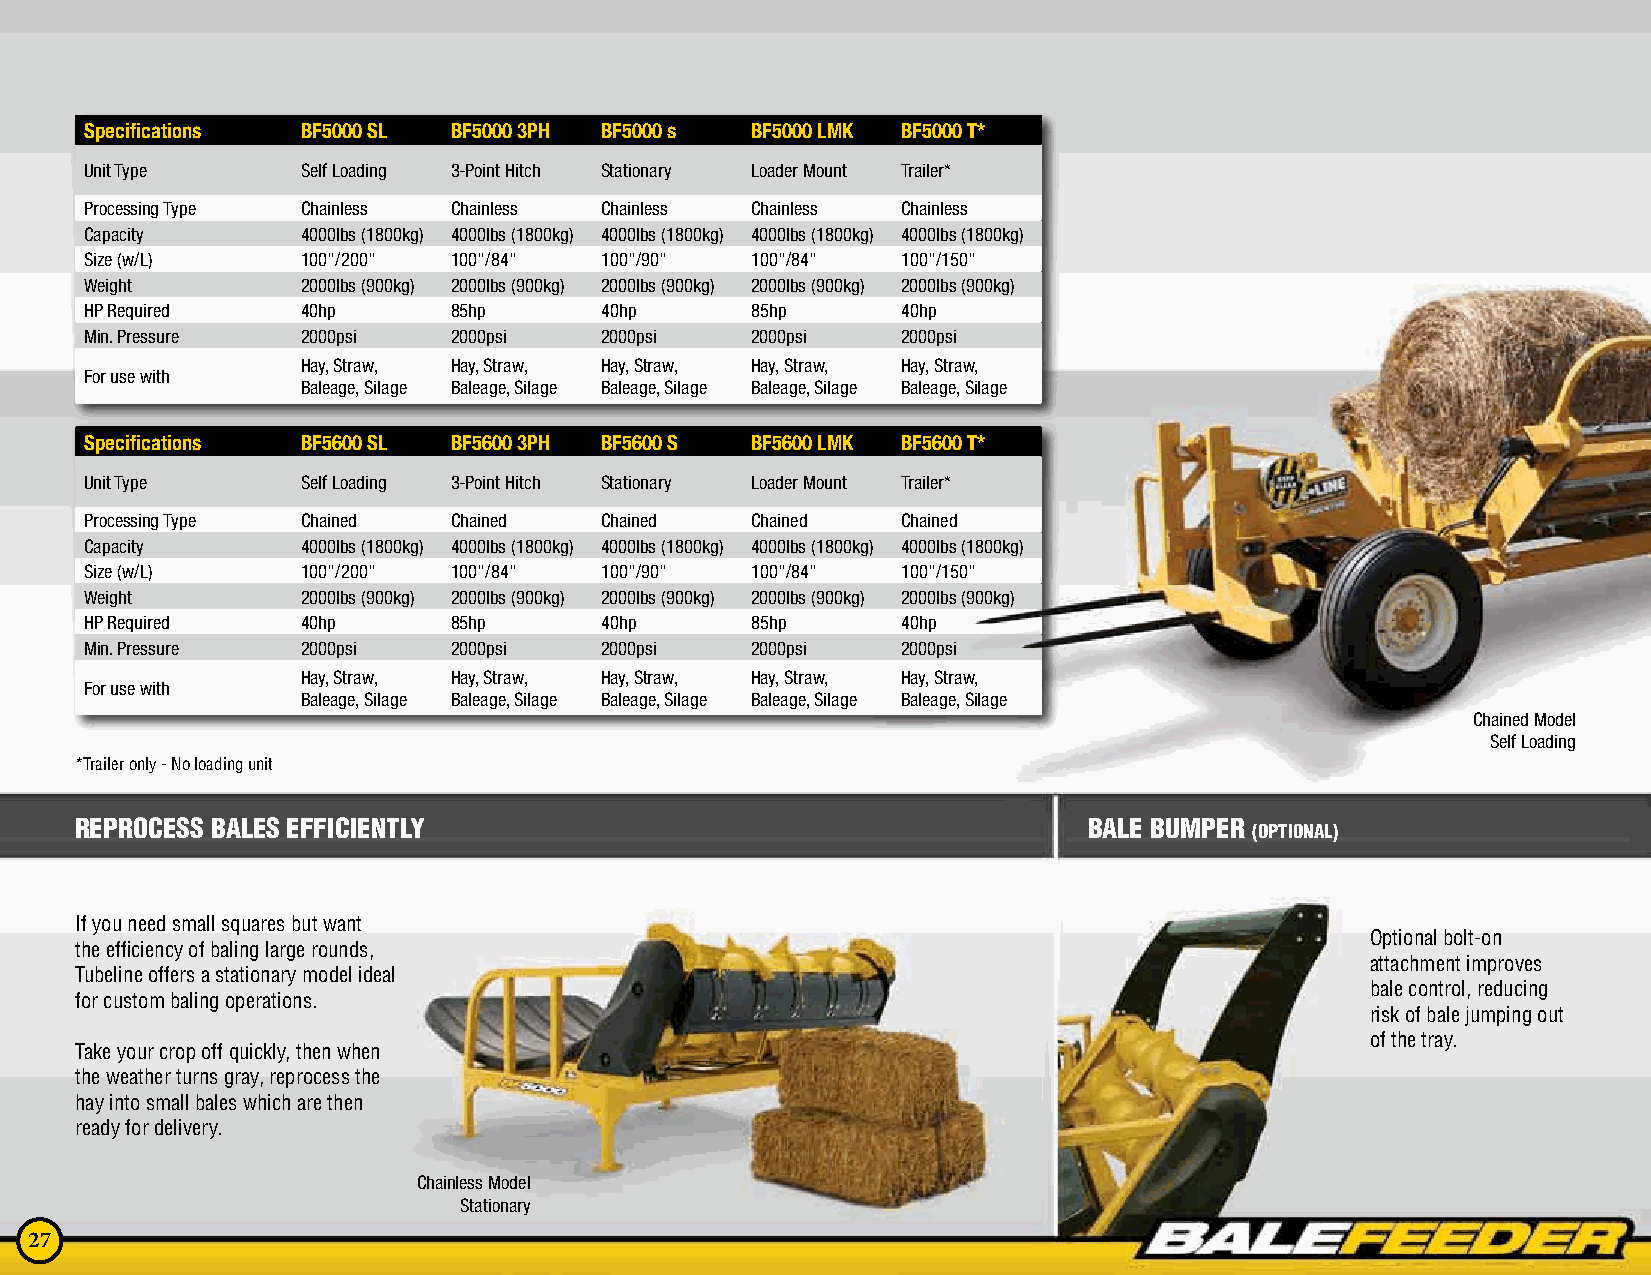
Specifications BF5000 SL BF5000 3PH BF5000 s BF5000 LMK BF5000 T*
 Unit Type     Self Loading 3-Point Hitch Stationary Loader Mount Trailer*
 Processing Type Chainless Chainless Chainless Chainless Chainless
 Capacity      4000lbs (1800kg) 4000lbs (1800kg) 4000lbs (1800kg) 4000lbs (1800kg) 4000lbs (1800kg)
 Size (w/L)    100"/200" 100"/84"  100"/90"  100"/84"  100"/150"
 Weight        2000lbs (900kg) 2000lbs (900kg) 2000lbs (900kg) 2000lbs (900kg) 2000lbs (900kg)
 HP Required   40hp      85hp      40hp      85hp      40hp
 Min. Pressure 2000psi   2000psi   2000psi   2000psi   2000psi
 Hay, Straw, Hay, Straw, Hay, Straw, Hay, Straw, Hay, Straw,
 For use with
 Baleage, Silage Baleage, Silage Baleage, Silage Baleage, Silage Baleage, Silage
 Specifications BF5600 SL BF5600 3PH BF5600 S BF5600 LMK BF5600 T*
 Unit Type     Self Loading 3-Point Hitch Stationary Loader Mount Trailer*
 Processing Type Chained Chained   Chained   Chained   Chained
 Capacity      4000lbs (1800kg) 4000lbs (1800kg) 4000lbs (1800kg) 4000lbs (1800kg) 4000lbs (1800kg)
 Size (w/L)    100"/200" 100"/84"  100"/90"  100"/84"  100"/150"
 Weight        2000lbs (900kg) 2000lbs (900kg) 2000lbs (900kg) 2000lbs (900kg) 2000lbs (900kg)
 HP Required   40hp      85hp      40hp      85hp      40hp
 Min. Pressure 2000psi   2000psi   2000psi   2000psi   2000psi
 Hay, Straw, Hay, Straw, Hay, Straw, Hay, Straw, Hay, Straw,
 For use with
 Baleage, Silage Baleage, Silage Baleage, Silage Baleage, Silage Baleage, Silage
 Chained Model
 Self Loading
 *Trailer only - No loading unit
 REPROCESS BALES EFFICIENTLY                                        BALE BUMPER (OPTIONAL)
 If you need small squares but want
 Optional bolt-on
 the efficiency of baling large rounds,
 attachment improves
 Tubeline offers a stationary model ideal
 bale control, reducing
 for custom baling operations.
 risk of bale jumping out
 of the tray.
 Take your crop off quickly, then when
 the weather turns gray, reprocess the
 hay into small bales which are then
 ready for delivery.
 Chainless Model
 Stationary
 27